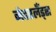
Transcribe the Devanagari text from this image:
नेदरलँड्‌स